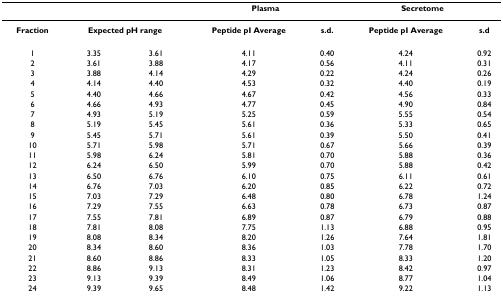
<table><thead><tr><td></td><td></td><td></td><td colspan="2"><b>Plasma</b></td><td colspan="2"><b>Secretome</b></td></tr></thead><tbody><tr><td><b>Fraction</b></td><td colspan="2"><b>Expected pH range</b></td><td><b>Peptide pI Average</b></td><td><b>s.d.</b></td><td><b>Peptide pI Average</b></td><td><b>s.d</b></td></tr><tr><td>1</td><td>3.35</td><td>3.61</td><td>4.11</td><td>0.40</td><td>4.24</td><td>0.92</td></tr><tr><td>2</td><td>3.61</td><td>3.88</td><td>4.17</td><td>0.56</td><td>4.11</td><td>0.31</td></tr><tr><td>3</td><td>3.88</td><td>4.14</td><td>4.29</td><td>0.22</td><td>4.24</td><td>0.26</td></tr><tr><td>4</td><td>4.14</td><td>4.40</td><td>4.53</td><td>0.32</td><td>4.40</td><td>0.19</td></tr><tr><td>5</td><td>4.40</td><td>4.66</td><td>4.67</td><td>0.42</td><td>4.56</td><td>0.33</td></tr><tr><td>6</td><td>4.66</td><td>4.93</td><td>4.77</td><td>0.45</td><td>4.90</td><td>0.84</td></tr><tr><td>7</td><td>4.93</td><td>5.19</td><td>5.25</td><td>0.59</td><td>5.55</td><td>0.54</td></tr><tr><td>8</td><td>5.19</td><td>5.45</td><td>5.61</td><td>0.36</td><td>5.33</td><td>0.65</td></tr><tr><td>9</td><td>5.45</td><td>5.71</td><td>5.61</td><td>0.39</td><td>5.50</td><td>0.41</td></tr><tr><td>10</td><td>5.71</td><td>5.98</td><td>5.71</td><td>0.67</td><td>5.66</td><td>0.39</td></tr><tr><td>11</td><td>5.98</td><td>6.24</td><td>5.81</td><td>0.70</td><td>5.88</td><td>0.36</td></tr><tr><td>12</td><td>6.24</td><td>6.50</td><td>5.99</td><td>0.70</td><td>5.88</td><td>0.42</td></tr><tr><td>13</td><td>6.50</td><td>6.76</td><td>6.10</td><td>0.75</td><td>6.11</td><td>0.61</td></tr><tr><td>14</td><td>6.76</td><td>7.03</td><td>6.20</td><td>0.85</td><td>6.22</td><td>0.72</td></tr><tr><td>15</td><td>7.03</td><td>7.29</td><td>6.48</td><td>0.80</td><td>6.78</td><td>1.24</td></tr><tr><td>16</td><td>7.29</td><td>7.55</td><td>6.63</td><td>0.78</td><td>6.73</td><td>0.87</td></tr><tr><td>17</td><td>7.55</td><td>7.81</td><td>6.89</td><td>0.87</td><td>6.79</td><td>0.88</td></tr><tr><td>18</td><td>7.81</td><td>8.08</td><td>7.75</td><td>1.13</td><td>6.88</td><td>0.95</td></tr><tr><td>19</td><td>8.08</td><td>8.34</td><td>8.20</td><td>1.26</td><td>7.64</td><td>1.81</td></tr><tr><td>20</td><td>8.34</td><td>8.60</td><td>8.36</td><td>1.03</td><td>7.78</td><td>1.70</td></tr><tr><td>21</td><td>8.60</td><td>8.86</td><td>8.33</td><td>1.05</td><td>8.33</td><td>1.20</td></tr><tr><td>22</td><td>8.86</td><td>9.13</td><td>8.31</td><td>1.23</td><td>8.42</td><td>0.97</td></tr><tr><td>23</td><td>9.13</td><td>9.39</td><td>8.49</td><td>1.06</td><td>8.77</td><td>1.04</td></tr><tr><td>24</td><td>9.39</td><td>9.65</td><td>8.48</td><td>1.42</td><td>9.22</td><td>1.13</td></tr></tbody></table>